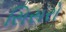
સિસરો